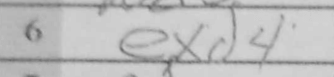
Transcription: exd4